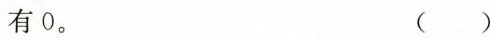
有0。 ()